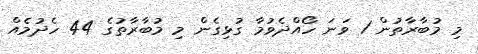
މި މުބާރާތުން 1 ވަނަ ހޯއްދެވުމާ ގުޅިގެން މި މުބާރާތުގެ 44 ހެދުމެއް